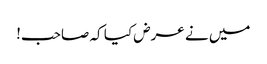
میں نے عرض کیا کہ صاحب!